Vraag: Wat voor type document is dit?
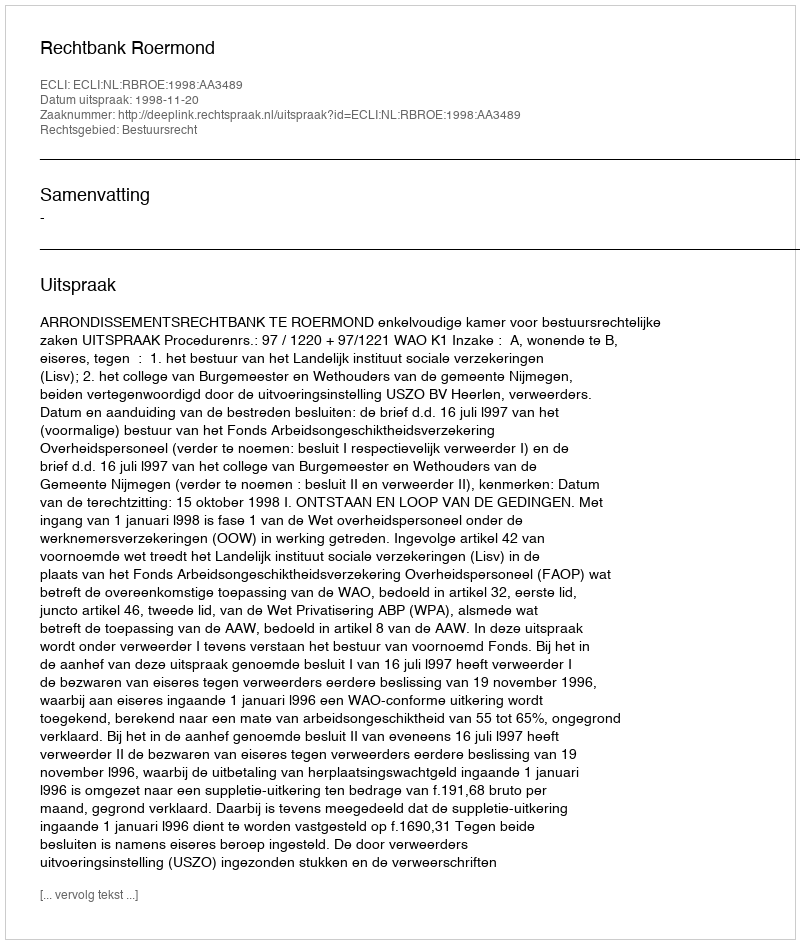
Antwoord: Uitspraak